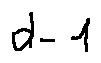
d - 1